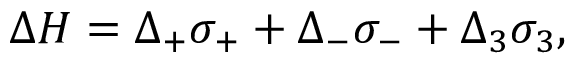
\Delta H = \Delta _ { + } \sigma _ { + } + \Delta _ { - } \sigma _ { - } + \Delta _ { 3 } \sigma _ { 3 } ,